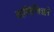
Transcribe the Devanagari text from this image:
कास्तिग्लिओने